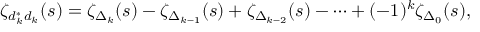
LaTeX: \zeta _ { d _ { k } ^ { * } d _ { k } } ( s ) = \zeta _ { \Delta _ { k } } ( s ) - \zeta _ { \Delta _ { k - 1 } } ( s ) + \zeta _ { \Delta _ { k - 2 } } ( s ) - \cdots + ( - 1 ) ^ { k } \zeta _ { \Delta _ { 0 } } ( s ) ,